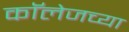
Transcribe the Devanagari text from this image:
काॅलेजच्या